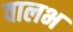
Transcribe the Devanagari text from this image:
वालभ